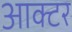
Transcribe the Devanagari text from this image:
आक्टर